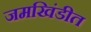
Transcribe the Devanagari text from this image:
जमखिंडीत